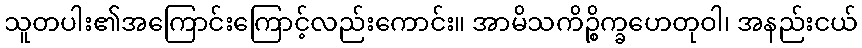
သူတပါး၏အကြောင်းကြောင့်လည်းကောင်း။ အာမိသကိဉ္စိက္ခဟေတုဝါ၊ အနည်းငယ်